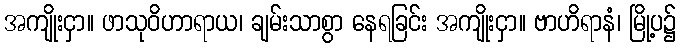
အကျိုးငှာ။ ဖာသုဝိဟာရာယ၊ ချမ်းသာစွာ နေရခြင်း အကျိုးငှာ။ ဗာဟိရာနံ၊ မြို့ပ၌